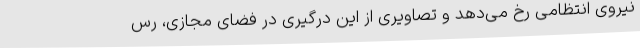
نیروی انتظامی رخ می‌دهد و تصاویری از این درگیری در فضای مجازی، رس